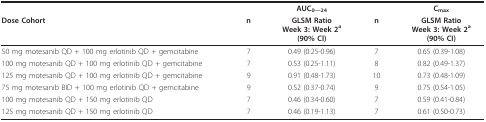
<table><thead><tr><td></td><td></td><td><b>AUC<sub>0—24</sub></b></td><td></td><td><b>C<sub>max</sub></b></td></tr><tr><td><b>Dose Cohort</b></td><td><b>n</b></td><td><b>GLSM RatioWeek 3: Week 2<sup>a</sup>(90% CI)</b></td><td><b>n</b></td><td><b>GLSM RatioWeek 3: Week 2<sup>a</sup>(90% CI)</b></td></tr></thead><tbody><tr><td>50 mg motesanib QD + 100 mg erlotinib QD + gemcitabine</td><td>7</td><td>0.49 (0.25-0.96)</td><td>7</td><td>0.65 (0.39-1.08)</td></tr><tr><td>100 mg motesanib QD + 100 mg erlotinib QD + gemcitabine</td><td>7</td><td>0.53 (0.25-1.11)</td><td>8</td><td>0.82 (0.49-1.37)</td></tr><tr><td>125 mg motesanib QD + 100 mg erlotinib QD + gemcitabine</td><td>9</td><td>0.91 (0.48-1.73)</td><td>10</td><td>0.73 (0.48-1.09)</td></tr><tr><td>75 mg motesanib BID + 100 mg erlotinib QD + gemcitabine</td><td>9</td><td>0.52 (0.37-0.74)</td><td>9</td><td>0.75 (0.54-1.05)</td></tr><tr><td>100 mg motesanib QD + 150 mg erlotinib QD</td><td>7</td><td>0.46 (0.34-0.60)</td><td>7</td><td>0.59 (0.41-0.84)</td></tr><tr><td>125 mg motesanib QD + 150 mg erlotinib QD</td><td>7</td><td>0.46 (0.19-1.13)</td><td>7</td><td>0.61 (0.50-0.73)</td></tr></tbody></table>